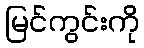
မြင်ကွင်းကို